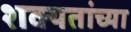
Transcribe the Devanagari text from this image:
शक्यतांच्या